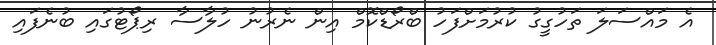
އެ މައްސަލަ ތަހުގީގު ކުރުމަށްފަހު ބްރޯޑްކޮމް އިން ނެރުނު ހުލާސާ ރިޕޯޓުގައި ބުނެފައި